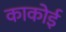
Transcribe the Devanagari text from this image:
काकोई